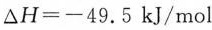
$$\Delta H=-49.5kJ/mol$$